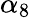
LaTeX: \alpha_{8}